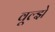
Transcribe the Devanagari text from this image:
वूल्झे